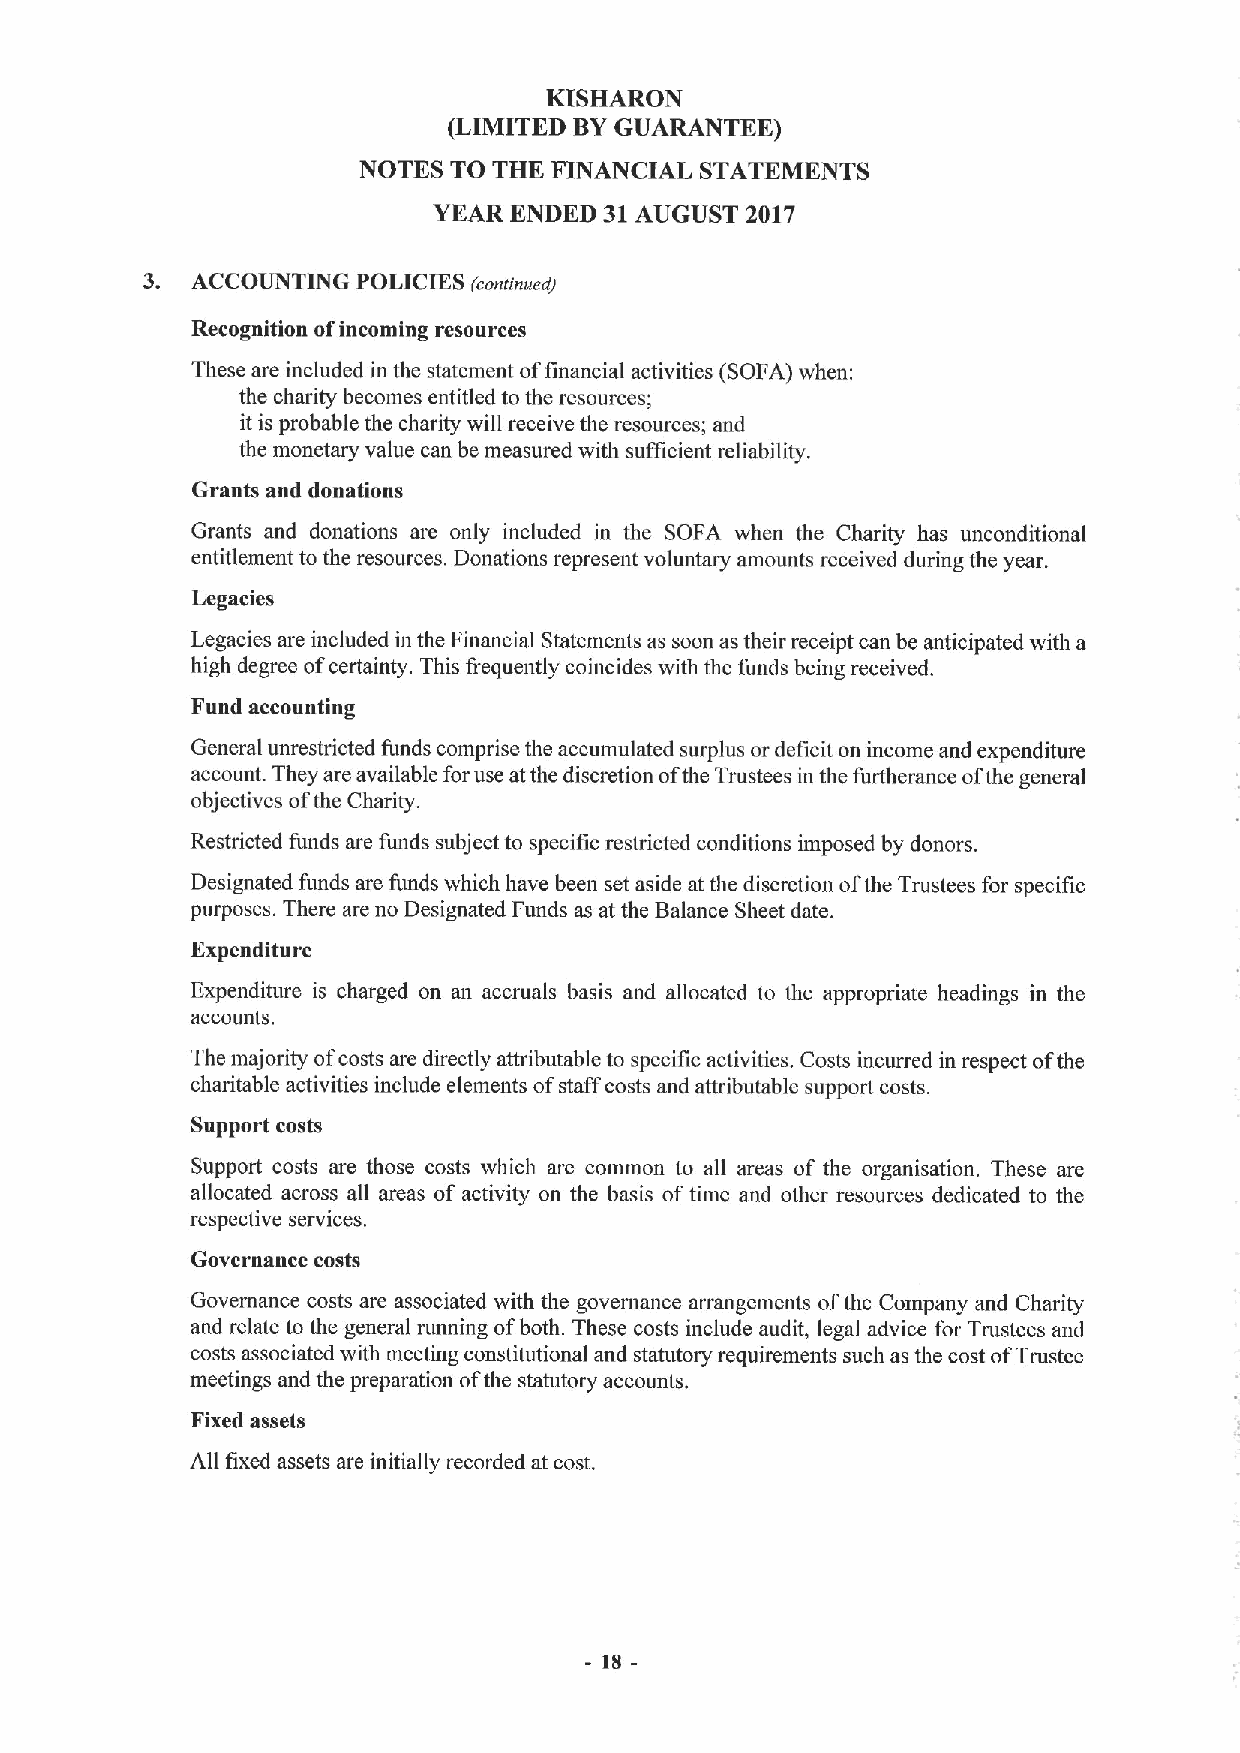
KISHARON
 (LIMITED BYGUARANTEE)
 NOTES TO THE FINANCIAL STATEMENTS
 YEAR ENDED 31AUGUST 2017
 3.  ACCOUNTING POLICIES (conti nued)
 Recognition ofincoming resources
 These are included in the statement offinancial activities (SOFA) when:
 the charity becomes entitled to the resources;
 it is probable the charity will receive the resources; and
 the monetary value can be measured with sufficient reliability.
 Grants and donations
 Grants and donations are only included in the SOFA when the Charity has unconditional
 entitlement to the resources. Donations represent voluntary amounts received during the year.
 Legacies
 Legacies are included in the Financial Statements as soon as their receipt can be anticipated with a
 high degree ofcertainty. This frequently coincides with the funds being received.
 Fund accounting
 General unrestricted funds comprise the accumulated surplus or deficit on income and expenditure
 account. They are available foruse atthe discretion ofthe Trustees in the furtherance ofthe general
 objectives ofthe Charity.
 Restricted funds are funds subject to specific restricted conditions imposed by donors.
 Designated funds are funds which have been set aside at the discretion ofthe Trustees for specific
 purposes. There are no Designated Funds as at the Balance Sheet date.
 Expenditure
 Expenditure is charged on an accruals basis and allocated to the appropriate headings in the
 accounts.
 The majority ofcosts are directly attributable to specific activities. Costs incurred in respect ofthe
 charitable activities include elements ofstaff costs and attributable support costs.
 Support costs
 Support costs are those costs which are common to all areas of the organisation. These are
 allocated across all areas of activity on the basis oftime and other resources dedicated to the
 respective services.
 Governance costs
 Governance costs are associated with the governance arrangements ofthe Company and Charity
 and relate to the general running ofboth. These costs include audit, legal advice for Trustees and
 costs associated with meeting constitutional and statutory requirements such as the cost ofTrustee
 meetings and the preparation ofthe statutory accounts.
 Fixed assets
 All fixed assets are initially recorded at cost.
 18